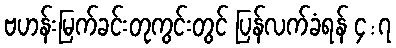
ဗဟန်းမြက်ခင်းတုကွင်းတွင် ပြန်လက်ခံရန် ၄:၇